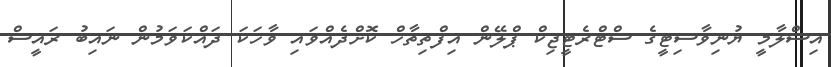
އިސްލާމީ ޔުނިވާސިޓީގެ ސްޓްރެޓީޖިކް ޕްލޭން އިފްތިތާހް ކޮށްދެއްވައި ވާހަކަ ދައްކަވަމުން ނައިބު ރައީސް